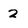
Character: 2